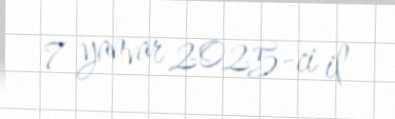
7 yanvar 2025-ci il